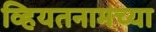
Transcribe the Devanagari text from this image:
व्हियतनामच्या